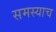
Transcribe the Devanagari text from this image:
समस्याच